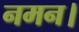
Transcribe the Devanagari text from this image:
नमन।